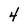
Character: 4